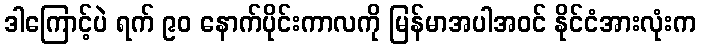
ဒါကြောင့်ပဲ ရက် ၉၀ နောက်ပိုင်းကာလကို မြန်မာအပါအဝင် နိုင်ငံအားလုံးက